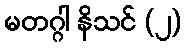
မတဂ္ဂါ နိသင် (၂)